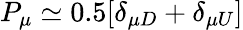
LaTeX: P_{\mu}\simeq 0.5[\delta_{\mu D}+\delta_{\mu U}]